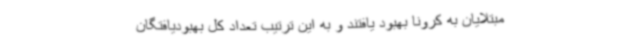
مبتلایان به کرونا بهبود یافتند و به این ترتیب تعداد کل بهبودیافتگان